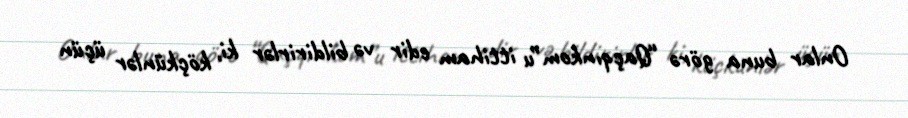
Onlar buna görə “Qaçqınkom”u ittiham edir və bildirirlər ki, köçkünlər üçün